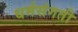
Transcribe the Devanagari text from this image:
धर्मसंगती